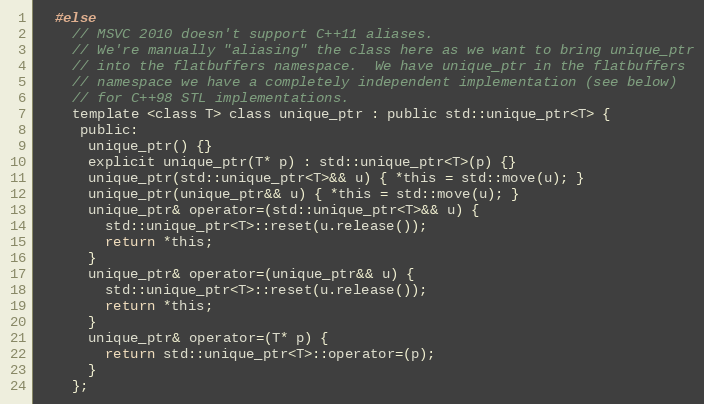
Language: C
  #else
    // MSVC 2010 doesn't support C++11 aliases.
    // We're manually "aliasing" the class here as we want to bring unique_ptr
    // into the flatbuffers namespace.  We have unique_ptr in the flatbuffers
    // namespace we have a completely independent implementation (see below)
    // for C++98 STL implementations.
    template <class T> class unique_ptr : public std::unique_ptr<T> {
     public:
      unique_ptr() {}
      explicit unique_ptr(T* p) : std::unique_ptr<T>(p) {}
      unique_ptr(std::unique_ptr<T>&& u) { *this = std::move(u); }
      unique_ptr(unique_ptr&& u) { *this = std::move(u); }
      unique_ptr& operator=(std::unique_ptr<T>&& u) {
        std::unique_ptr<T>::reset(u.release());
        return *this;
      }
      unique_ptr& operator=(unique_ptr&& u) {
        std::unique_ptr<T>::reset(u.release());
        return *this;
      }
      unique_ptr& operator=(T* p) {
        return std::unique_ptr<T>::operator=(p);
      }
    };